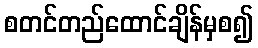
စတင်တည်ထောင်ချိန်မှစ၍